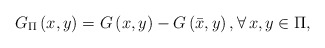
\begin{align*}G_{\Pi}\left( x,y \right) =G\left( x,y \right) -G\left( \bar{x},y \right), \forall \,x,y\in \Pi ,\end{align*}